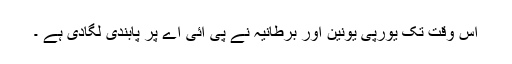
اس وقت تک یورپی یونین اور برطانیہ نے پی آئی اے پر پابندی لگادی ہے ۔